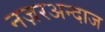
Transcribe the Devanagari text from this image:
नज़रअन्दाज